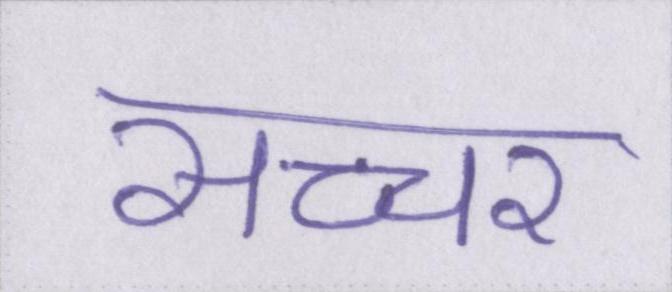
सच्चर